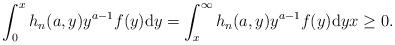
LaTeX: \begin{align*}\int_0^x h_n(a,y)y^{a-1}f(y)\mathrm{d}y=\int_x^\infty h_n(a,y)y^{a-1}f(y)\mathrm{d}y x\geq 0.\end{align*}